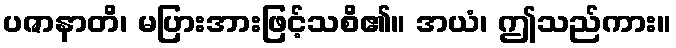
ပဇာနာတိ၊ မပြားအားဖြင့်သစိ၏။ အယံ၊ ဤသည်ကား။